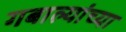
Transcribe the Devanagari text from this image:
गबाल्यांच्या